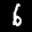
Label: 6